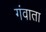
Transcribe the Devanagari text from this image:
गंवाता